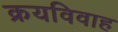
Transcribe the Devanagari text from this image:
क्रयविवाह